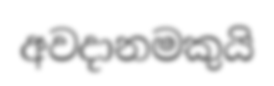
අවදානමකුයි